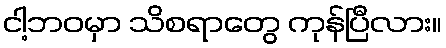
ငါ့ဘဝမှာ သိစရာတွေ ကုန်ပြီလား။